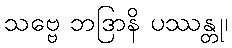
သဗ္ဗေ ဘဒြာနိ ပဿန္တု၊